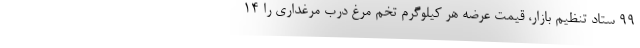
99 ستاد تنظیم بازار، قیمت عرضه هر کیلوگرم تخم مرغ درب مرغداری را 14